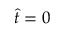
\hat { t } = 0